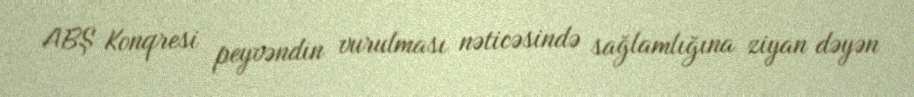
ABŞ Konqresi peyvəndin vurulması nəticəsində sağlamlığına ziyan dəyən